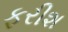
ફરીશ